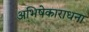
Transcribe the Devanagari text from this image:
अभिषेकाराधना